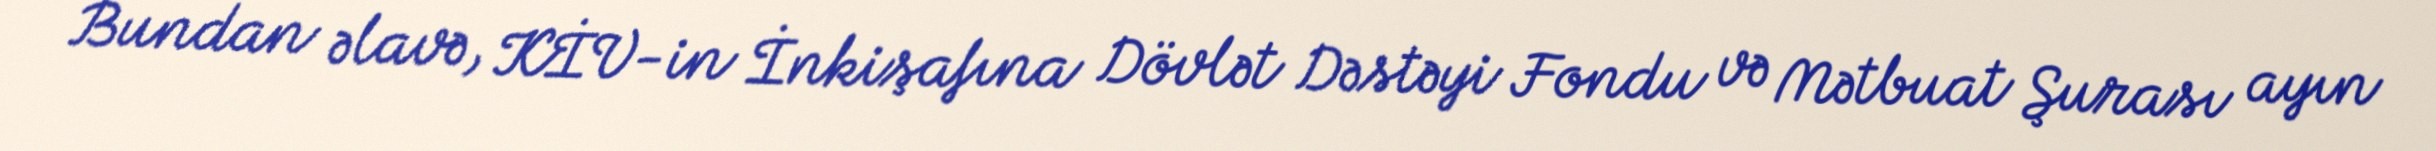
Bundan əlavə, KİV-in İnkişafına Dövlət Dəstəyi Fondu və Mətbuat Şurası ayın